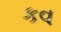
કવ